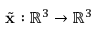
{ \tilde { \mathbf { x } } : { \mathbb { R } } ^ { 3 } \rightarrow { \mathbb { R } } ^ { 3 } }